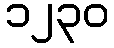
၁၂၃၀